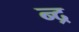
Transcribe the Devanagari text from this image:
न्द्र